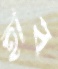
হাব